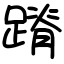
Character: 蹐